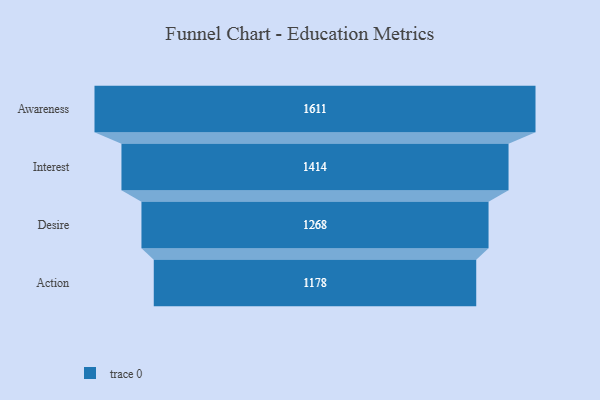
{"axis": {"x": "Stage", "y": "Value"}, "legend": [""], "data": [{"x": "Awareness", "y": 1611.0, "type": ""}, {"x": "Interest", "y": 1414.0, "type": ""}, {"x": "Desire", "y": 1268.0, "type": ""}, {"x": "Action", "y": 1178.0, "type": ""}]}